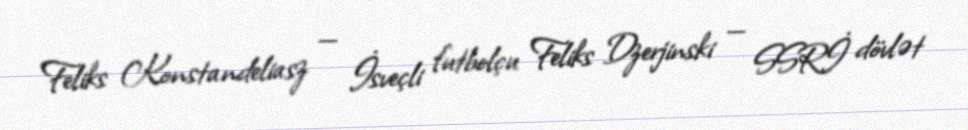
Feliks Konstandeliasz — İsveçli futbolçu Feliks Dzerjinski — SSRİ dövlət